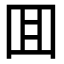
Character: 囬